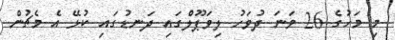
މި މަހުގެ 26 ވަނަ ދުވަހު ލިވަޕޫލްގައި ދަނޑުގައި ކުޅޭ އެ މެޗުން